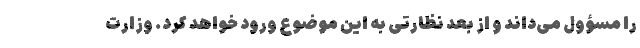
را مسؤول می‌داند و از بعد نظارتی به این موضوع ورود خواهد کرد. وزارت